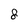
Character: 8